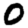
Digit: 0